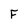
Character: F